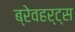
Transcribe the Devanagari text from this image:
ब्रेवहर्ट्स